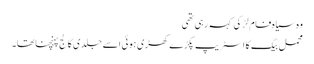
وہ سیاہ فام لڑکی کہہ رہی تھی
محمل بیگ کا اسٹریپ پکڑے کھڑی ہوئی اسے جلدی کالج پہنچنا تھا۔